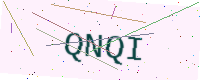
Text: QNQI